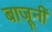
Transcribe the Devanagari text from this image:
बाजूनीं